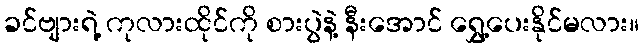
ခင်ဗျားရဲ့ ကုလားထိုင်ကို စားပွဲနဲ့ နီးအောင် ရွှေ့ပေးနိုင်မလား။